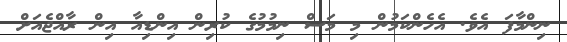
ނިންމާފަ އެވެ. އެހެންކަމުން މި މަސް ނިމުމުގެ ކުރިން އިންޑިއާ އިން ރާއްޖެއަށް